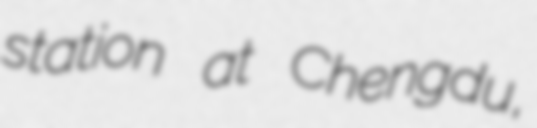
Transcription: station at Chengdu,